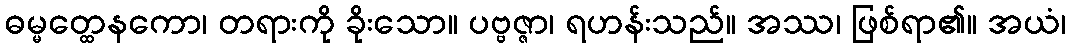
ဓမ္မတ္ထေနကော၊ တရားကို ခိုးသော။ ပဗ္ဗဇ္ဇာ၊ ရဟန်းသည်။ အဿ၊ ဖြစ်ရာ၏။ အယံ၊